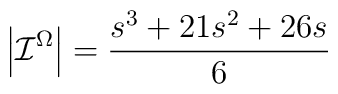
\left| \mathcal{I}^{\Omega }\right| =\frac{s^{3}+21s^{2}+26s}{6}